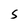
Character: s